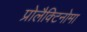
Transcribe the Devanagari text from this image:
प्रोलैक्टिनोमा